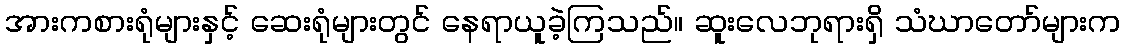
အားကစားရုံများနှင့် ဆေးရုံများတွင် နေရာယူခဲ့ကြသည်။ ဆူးလေဘုရားရှိ သံဃာတော်များက